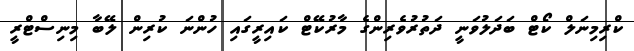
ކްރިމިނަލް ކޯޓް ބަދަލުވަނީ ދަތުރުވެރިންގެ މާރުކޭޓް ކައިރީގައި ހުންނަ ކުރިން ލޭބާ މިނިސްޓްރީ